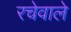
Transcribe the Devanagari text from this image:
रचेवाले